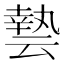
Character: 𠅀